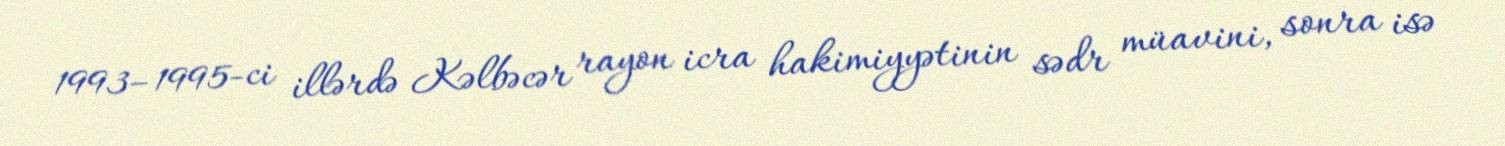
1993–1995-ci illərdə Kəlbəcər rayon icra hakimiyyətinin sədr müavini, sonra isə